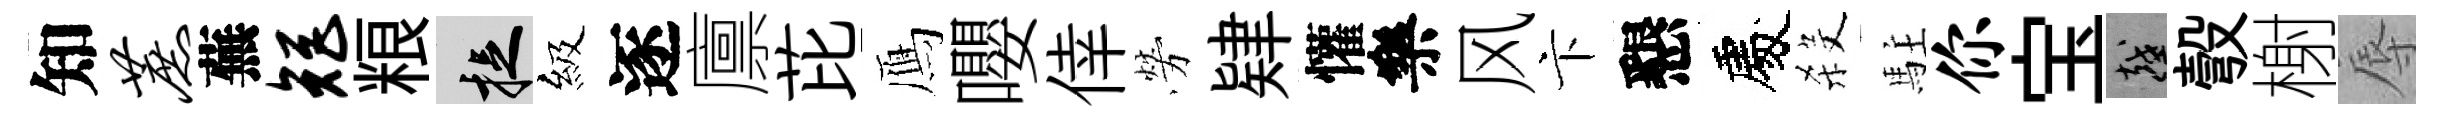
知蔗蕪矩粮捉級逐廪芘鴈嚶倖勞肄懽樂风卞懇處殺駐你宝越彀榭辱